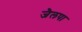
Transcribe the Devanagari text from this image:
जैलपा